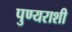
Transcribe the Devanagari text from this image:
पुण्यराशी